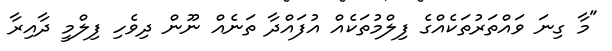
"މާ ގިނަ ވައްތަރުތަކެއްގެ ފިލްމުތަކެއް އުފައްދާ ތަނެއް ނޫން ދިވެހި ފިލްމީ ދާއިރާ